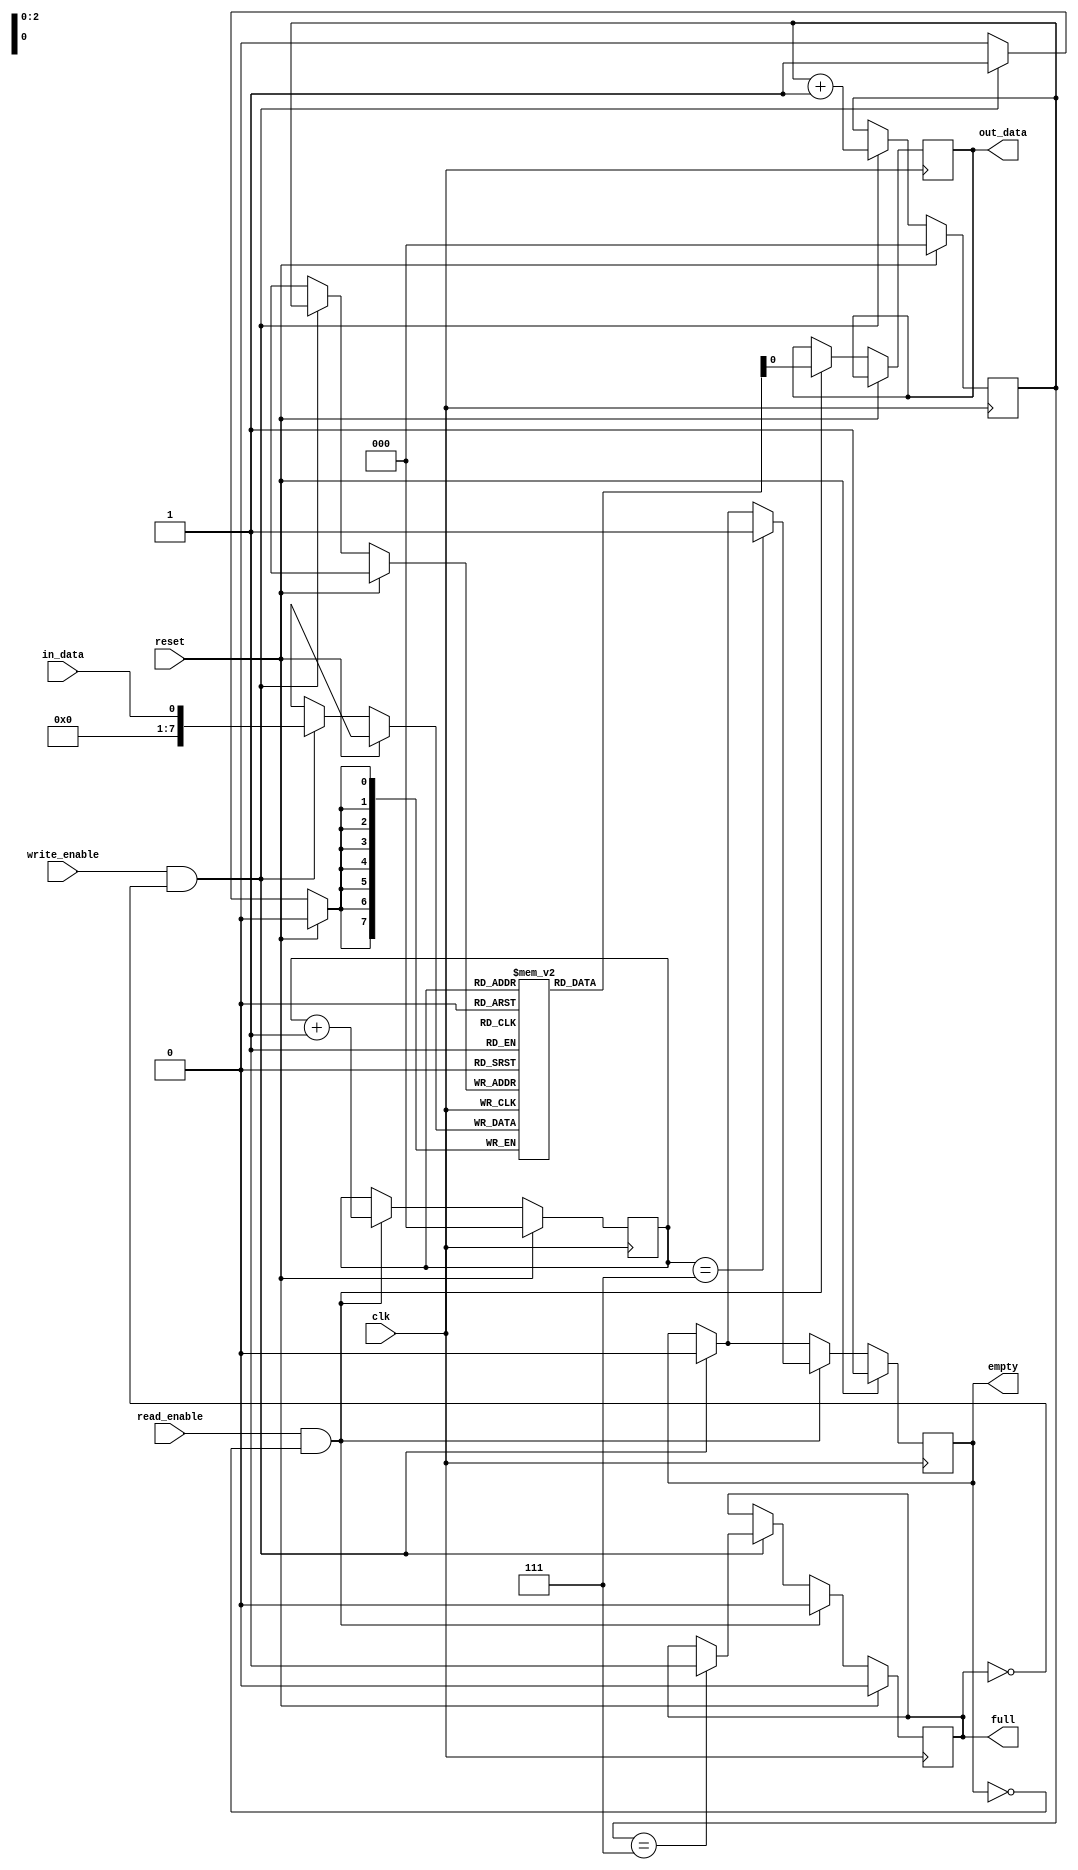
module fifo_buffer (
    input wire clk,
    input wire reset,
    input wire in_data,
    input wire write_enable,
    output wire out_data,
    input wire read_enable,
    output wire full,
    output wire empty
);

parameter BUFFER_DEPTH = 8;
reg [7:0] buffer [0:BUFFER_DEPTH-1];
reg [2:0] write_ptr = 0;
reg [2:0] read_ptr = 0;
reg full;
reg empty;

always @(posedge clk) begin
    if (reset) begin
        write_ptr <= 0;
        read_ptr <= 0;
        full <= 0;
        empty <= 1;
    end else begin
        if (write_enable && !full) begin
            buffer[write_ptr] <= in_data;
            write_ptr <= write_ptr + 1;
            if (write_ptr == BUFFER_DEPTH-1)
                full <= 1;
            empty <= 0;
        end

        if (read_enable && !empty) begin
            out_data <= buffer[read_ptr];
            read_ptr <= read_ptr + 1;
            if (read_ptr == BUFFER_DEPTH-1)
                empty <= 1;
            full <= 0;
        end
    end
end

endmodule